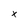
Character: x